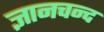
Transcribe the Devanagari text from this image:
ज्ञानचन्द